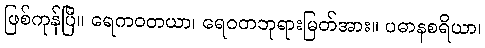
ဖြစ်ကုန်ပြီ။ ရေကဝတယာ၊ ရေဝတဘုရားမြတ်အား။ ပဓာနစရိယာ၊